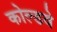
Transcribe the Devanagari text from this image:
कोल्डवे